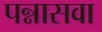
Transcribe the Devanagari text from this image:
पन्नासवा